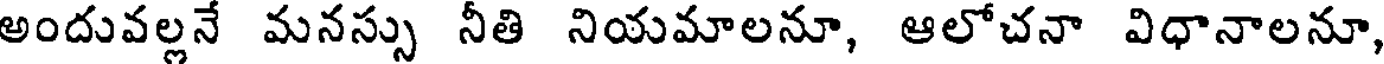
అందువల్లనే మనస్సు నీతి నియమాలనూ, ఆలోచనా విధానాలనూ,